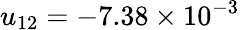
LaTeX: u_{12}=-7.38\times 10^{-3}